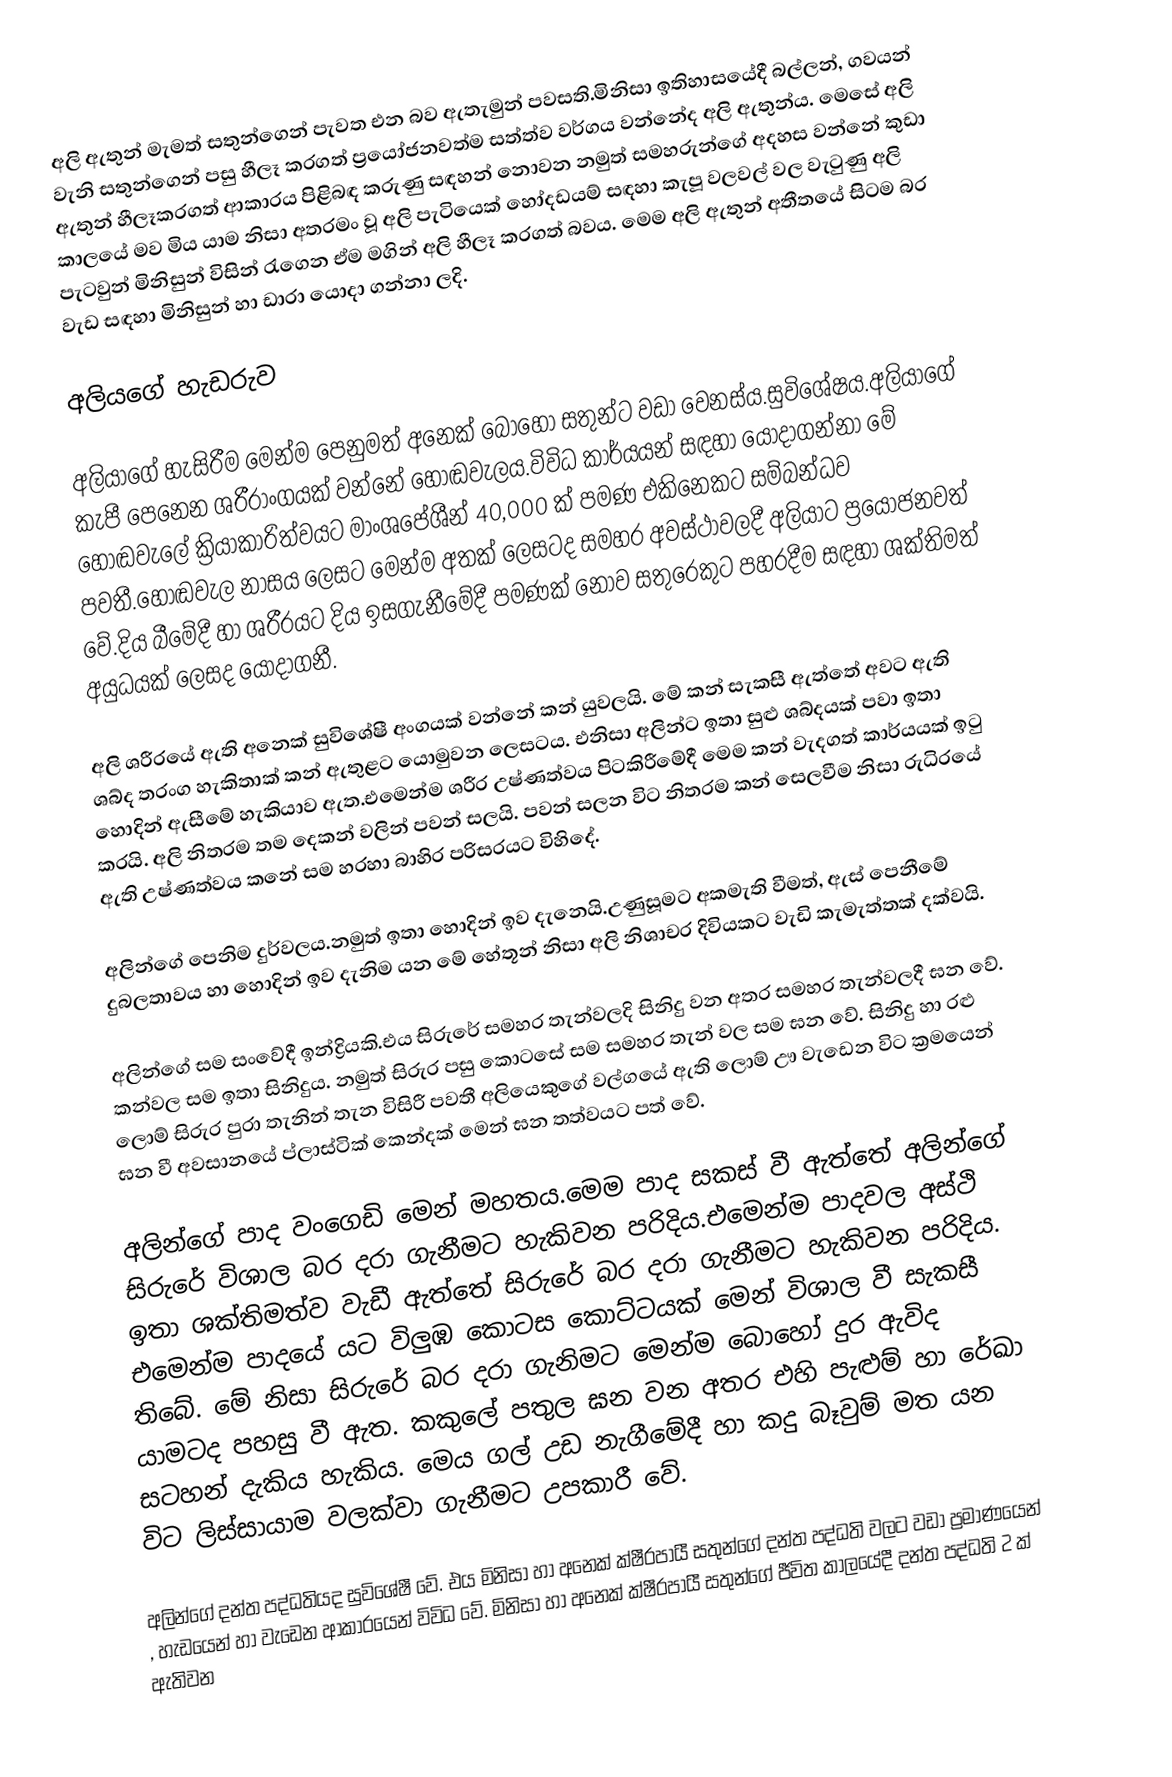
අලි ඇතුන් මැමත් සතුන්ගෙන් පැවත එන බව ඇතැමුන් පවසති.මිනිසා  ඉතිහාසයේදී බල්ලන්, ගවයන් වැනි සතුන්ගෙන් පසු හීලෑ කරගත් ප්‍රයෝජනවත්ම සත්ත්ව වර්ගය වන්නේද අලි ඇතුන්ය.‍ මෙසේ අලි ඇතුන් හීලෑකරගත් ආකාරය පිළිබඳ කරුණු සඳහන් නොවන නමුත් සමහරුන්ගේ අදහස වන්නේ කුඩා කාලයේ මව මිය යාම නිසා අතරමං වූ අලි පැටියෙක් හෝදඩයම් සඳහා කැපූ වලවල් වල වැටුණු අලි පැටවුන් මිනිසුන් විසින් රැ‍ගෙන ඒම මගින් අලි හීලෑ කරගත් බවය. මෙම අලි ඇතුන් අතීතයේ සිටම බර වැඩ සඳහා මිනිසුන් හා ඩාරා  යොදා ගන්නා ලදි.

අලියගේ හැඩරුව

අලියාගේ හැසිරීම මෙන්ම පෙනුමත් අනෙක් බොහෝ සතුන්ට වඩා වෙනස්ය.සුවි‍ශේෂය.අලියාගේ කැපී පෙනෙන ශරීරාංගයක් වන්නේ හොඬවැලය.විවිධ කාර්යයන් සඳහා යොදාගන්නා මේ හොඬවැලේ ක්‍රියාකාරිත්වයට මාංශපේශීන් 40,000 ක් පමණ එකිනෙකට සම්බන්ධව පවතී.හොඬවැල නාසය ලෙසට මෙන්ම අතක් ලෙසටද සමහර අවස්ථාවලදී අලියාට ප්‍රයෝජනවත් වේ.දිය බීමේදී හා ශරීරයට දිය ඉසගැනීමේදී පමණක් නොව සතුරෙකුට පහරදීම සඳහා ශක්තිමත් අයුධයක් ලෙසද යොදාගනී.

අලි ශරීරයේ ඇති අනෙක් සුවිශේෂී අංගයක් වන්නේ කන් යුවලයි. මේ කන් සැකසී ඇත්තේ අවට ඇති ශබ්ද තරංග හැකිතාක් කන් ඇතුළට යොමුවන ලෙසටය. එනිසා අලින්ට ඉතා සුළු ශබ්දයක් පවා ඉතා හොදින් ඇසීමේ හැකියාව ඇත.එමෙන්ම ශරීර උෂ්ණත්වය පිටකිරීමේදී මෙම කන් වැදගත් කාර්යයක් ඉටු කරයි. අලි නිතරම තම දෙකන් වලින් පවන් සලයි. පවන් සලන විට නිතරම කන් සෙලවීම නිසා රුධිර‍යේ ඇති උෂ්ණත්වය කනේ සම හරහා බාහිර පරිසරයට විහිදේ.

අලින්ගේ පෙනිම දුර්වලය.නමුත් ඉතා හොදින් ඉව දැනෙයි.උණුසූමට අකමැති වීමත්, ඇස් පෙනීමේ දුබලතාවය හා හොදින් ඉව දැනිම යන මේ හේතූන් නිසා අලි නිශාචර දිවියකට වැඩි කැමැත්තක් දක්වයි.

අලින්ගේ සම සංවේදී ඉන්ද්‍රියකි.එය සිරුරේ සමහර තැන්වලදි සිනිදු වන අතර සමහර තැන්වලදී ඝන වේ. කන්වල සම ඉතා සිනිදුය. නමුත් සිරුර පසු කොටසේ සම සමහර තැන් වල සම ඝන වේ. සිනිදු හා රළු ලොම් සිරුර පුරා තැනින් තැන විසිරී පවතී අලියෙකුගේ වල්ගයේ ඇති ලොම් ඌ වැඩෙන විට ක්‍රමයෙන් ඝන වී අවසානයේ ප්ලාස්ටික් කෙන්දක් මෙන් ඝන තත්වයට පත් වේ.

අලින්ගේ පාද වංගෙඩි මෙන් මහතය.මෙම පාද සකස් වී ඇත්තේ අලින්ගේ සිරුරේ විශාල බර දරා ගැනීමට හැකිවන පරිදිය.එමෙන්ම පාදවල අස්ථි ඉතා ශක්තිමත්ව වැඩී ඇත්තේ සිරුරේ බර දරා ගැනීමට හැකිවන පරිදිය. එමෙන්ම පාදයේ යට විලුඹ කොටස කොට්ටයක් මෙන් විශාල වී සැකසී තිබේ. මේ නිසා සිරුරේ බර දරා ගැනිමට මෙන්ම බොහෝ දුර ඇවිද යාමටද පහසු වී ඇත. කකු‍ලේ පතුල ඝන වන අතර එහි පැළුම් හා රේඛා සටහන් දැකිය හැකිය. මෙය ගල් උඩ නැගීමේදී හා කදු බෑවුම් මත යන විට ලිස්සායාම වලක්වා ගැනීමට උපකාරී වේ.

අලින්ගේ දන්ත පද්ධතියද සුවිශේෂී වේ. එය මිනිසා හා අනෙක් ක්ෂීරපායී සතුන්ගේ දන්ත පද්ධති වලට වඩා ප්‍රමාණයෙන් , හැඩයෙන් හා වැඩෙන ආකාරයෙන් විවිධ වේ. මිනිසා හා අනෙක් ක්ෂීරපායී සතුන්ගේ ජීවිත කාලයේදී දන්ත පද්ධති 2 ක් ඇතිවන